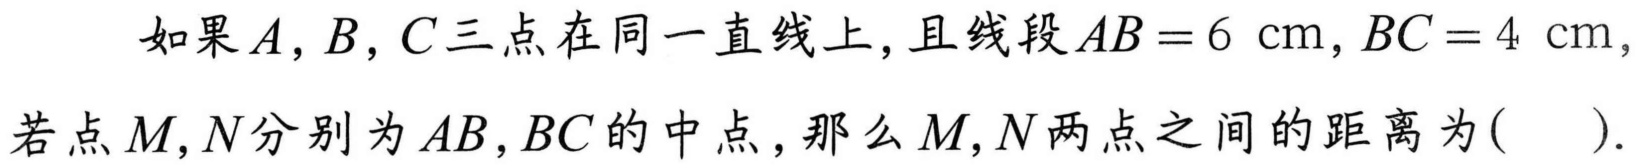
如果\(A,B,C\)三点在同一直线上，且线段\(AB = 6\mathrm{cm},BC = 4\mathrm{cm}\)，若点\(M,N\)分别为\(AB,BC\)的中点，那么\(M,N\)两点之间的距离为(  ).